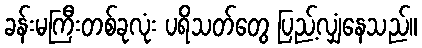
ခန်းမကြီးတစ်ခုလုံး ပရိသတ်တွေ ပြည့်လျှံနေသည်။